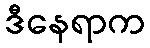
ဒီနေရာက